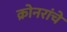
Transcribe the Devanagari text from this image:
क्रोनरांचे